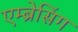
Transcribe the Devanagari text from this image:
एम्ब्रेसिंग